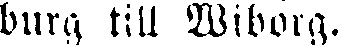
burg till Wiborg.